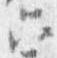
六